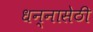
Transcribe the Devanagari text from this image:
धन्नासेठी